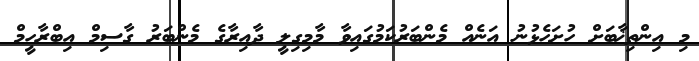
މި އިންތިޚާބަށް ހުށަހެޅުނު އަނެއް މެންބަރުކަމުގައިވާ މާމިގިލީ ދާއިރާގެ މެންބަރު ގާސިމް އިބްރާހީމް